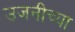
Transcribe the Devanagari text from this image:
उजनीच्या